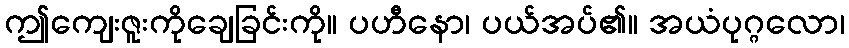
ဤကျေးဇူးကိုချေခြင်းကို။ ပဟီနော၊ ပယ်အပ်၏။ အယံပုဂ္ဂလော၊